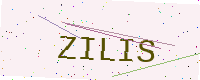
Text: ZILIS